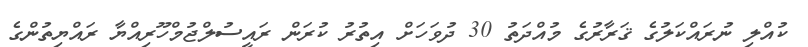
ކުއްލި ނުރައްކަލުގެ ޤަރާރުގެ މުއްދަތު 30 ދުވަހަށް އިތުރު ކުރަން ރައީސުލްޖުމްހޫރިއްޔާ ރައްޔިތުންގެ